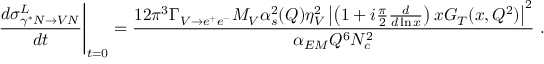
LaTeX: \left. { \frac { d \sigma _ { \gamma ^ { * } N \rightarrow V N } ^ { L } } { d t } } \right| _ { t = 0 } = { \frac { 1 2 \pi ^ { 3 } \Gamma _ { V \rightarrow e ^ { + } e ^ { - } } M _ { V } \alpha _ { s } ^ { 2 } ( Q ) \eta _ { V } ^ { 2 } \left| \left( 1 + i { \frac { \pi } { 2 } } { \frac { d } { d \ln x } } \right) x G _ { T } ( x , Q ^ { 2 } ) \right| ^ { 2 } } { \alpha _ { E M } Q ^ { 6 } N _ { c } ^ { 2 } } } \ .